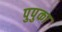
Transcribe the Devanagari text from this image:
पुपुका